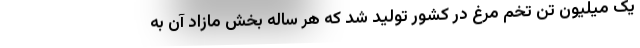
یک میلیون تن تخم مرغ در کشور تولید شد که هر ساله بخش مازاد آن به